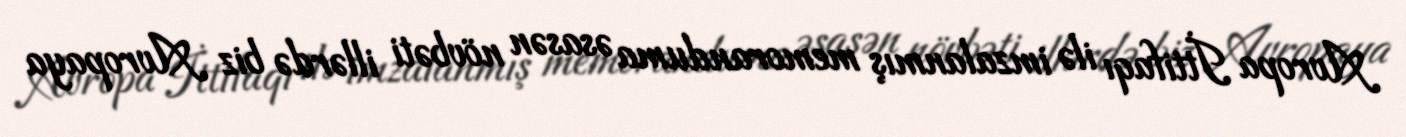
Avropa İttifaqı ilə imzalanmış memoranduma əsasən növbəti illərdə biz Avropaya